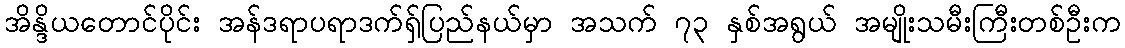
အိန္ဒိယတောင်ပိုင်း အန်ဒရာပရာဒက်ရှ်ပြည်နယ်မှာ အသက် ၇၃ နှစ်အရွယ် အမျိုးသမီးကြီးတစ်ဦးက